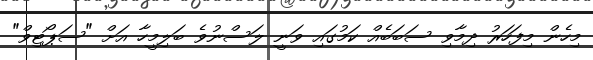
މިހެން މިފަހަރު ދިމާވި ސަބަބެއް ކަމުގައި ވަނީ ލަސްނުވެ ބަލިމީހާ އަށް "ސަޕޯޓިވް"